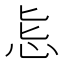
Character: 𱞄